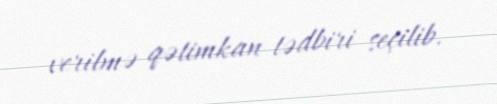
verilmə qətimkan tədbiri seçilib.